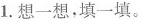
1.想一想，填一填。